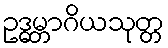
ဥဒ္ဓမ္ဘာဂိယသုတ္တ